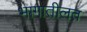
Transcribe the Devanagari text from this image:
भागातीलत